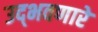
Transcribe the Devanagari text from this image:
उद्‌भवणारे